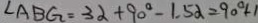
\angle A B G = 3 \alpha + 9 0 ^ { \circ } - 1 . 5 \alpha = 9 0 ^ { \circ } + 1